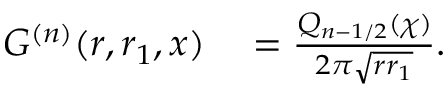
\begin{array} { r l } { G ^ { ( n ) } ( r , r _ { 1 } , x ) } & { { } = \frac { Q _ { n - 1 / 2 } ( \chi ) } { 2 \pi \sqrt { r r _ { 1 } } } . } \end{array}